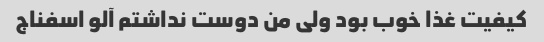
کیفیت غذا خوب بود ولی من دوست نداشتم آلو اسفناج